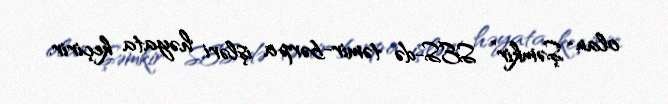
olan “Şəmkir” SES-də təmir-bərpa işləri həyata keçirir.